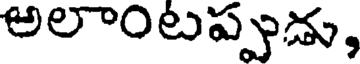
అలాంటప్పుడు,